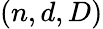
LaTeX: (n,d,D)